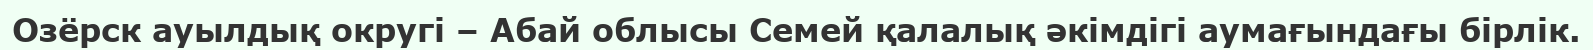
Озёрск ауылдық округі – Абай облысы Семей қалалық әкімдігі аумағындағы бірлік.